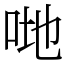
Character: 哋